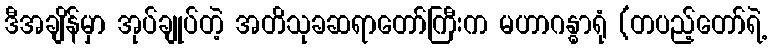
ဒီအချိန်မှာ အုပ်ချုပ်တဲ့ အတိသုခဆရာတော်ကြီးက မဟာဂန္ဓာရုံ (တပည့်တော်ရဲ့